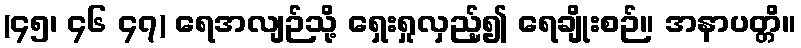
(၄၅၊ ၄၆ ၄၇) ရေအလျဉ်သို့ ရှေးရှုလှည့်၍ ရေချိုးစဉ်။ အနာပတ္တိ။